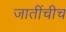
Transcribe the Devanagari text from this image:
जातींचीच